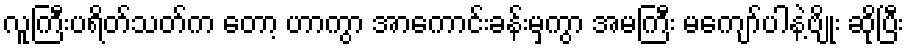
လူကြီးပရိတ်သတ်က တော့ ဟာကွာ အာကောင်းခန်းမှကွာ အမကြီး မကျော်ပါနဲ့ဗျိုး ဆိုပြီး